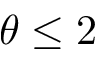
\theta \leq 2